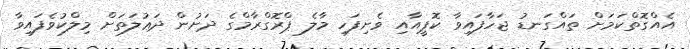
އެއްގޮތްކަމަށް ތައްގަނޑު ޖަހާފައިވާ ކޮޕީއާއި ވެށިފަހި މާލެ ޕްރޮގްރާމްގެ ދަށުން ދަޢުލަތަށް މިލްކުވެފައިވާ